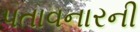
પતાવનારની